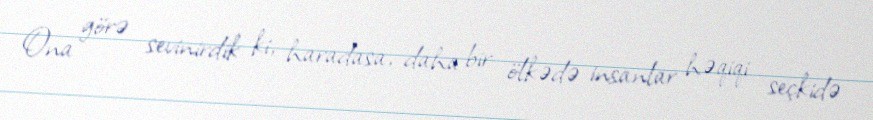
Ona görə sevinirdik ki, haradasa, daha bir ölkədə insanlar həqiqi seçkidə